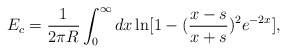
\begin{align*}E_c=\frac{1}{2\pi R}\int_0^{\infty} dx\ln[1-(\frac{x-s}{x+s})^2 e^{-2x}],\end{align*}